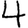
Digit: 4